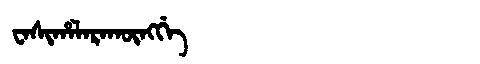
Manchu: ᠸᠠᠰᡳᡥᠠᠯᠠᡵᠠᡴᡡᠩᡤᡝ
Romanization: WASIHALARAKŪNGGE